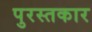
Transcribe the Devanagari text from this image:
पुरस्तकार